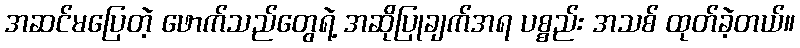
အဆင်မပြေတဲ့ ဖောက်သည်တွေရဲ့ အဆိုပြုချက်အရ ပစ္စည်း အသစ် ထုတ်ခဲ့တယ်။